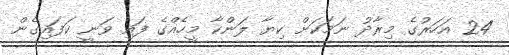
24 އަހަރުގެ މިރާދު ނަމަކަށް ކިޔާ ލަންކާ މީހެއްގެ ފައި ވަނީ ކަފައިގެން